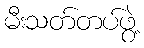
မီးသတ်တပ်ဖွဲ့